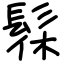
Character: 髹